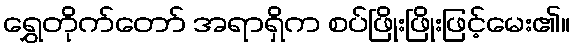
ရွှေတိုက်တော် အရာရှိက စပ်ဖြိုးဖြိုးဖြင့်မေး၏။